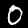
Digit: 0